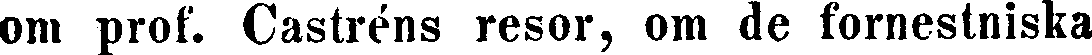
om prof. Castréns resor, om de fornestniska